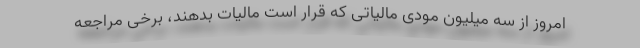
امروز از سه میلیون مودی مالیاتی که قرار است مالیات بدهند، برخی مراجعه